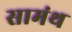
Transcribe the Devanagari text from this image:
सामंथ